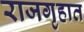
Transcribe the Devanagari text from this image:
राजगृहात